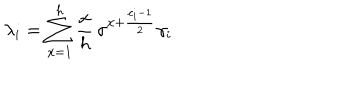
\lambda _ { i } = \sum _ { x = 1 } ^ { h } \frac { x } { h } \, \sigma ^ { x + \frac { c _ { i } - 1 } { 2 } } \gamma _ { i }